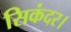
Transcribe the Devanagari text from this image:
सिकंदर।